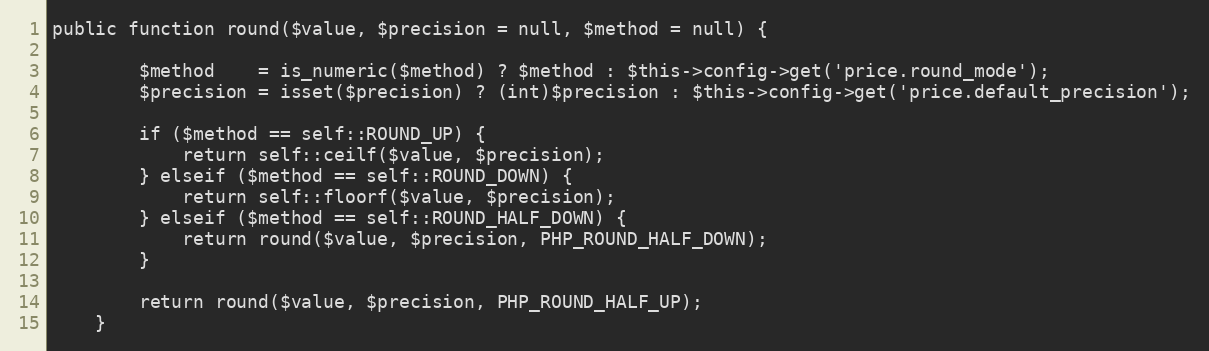
Language: PHP
public function round($value, $precision = null, $method = null) {

        $method    = is_numeric($method) ? $method : $this->config->get('price.round_mode');
        $precision = isset($precision) ? (int)$precision : $this->config->get('price.default_precision');

        if ($method == self::ROUND_UP) {
            return self::ceilf($value, $precision);
        } elseif ($method == self::ROUND_DOWN) {
            return self::floorf($value, $precision);
        } elseif ($method == self::ROUND_HALF_DOWN) {
            return round($value, $precision, PHP_ROUND_HALF_DOWN);
        }

        return round($value, $precision, PHP_ROUND_HALF_UP);
    }